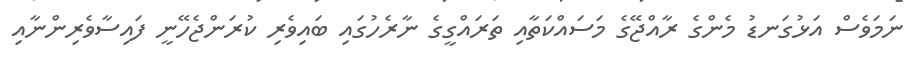
ނަމަވެސް އަޅުގަނޑު މެންގެ ރާއްޖޭގެ މަސައްކަތާއި ތަރައްގީގެ ނާރެހުގައި ބައިވެރި ކުރަންޖެހޭނީ ފައިސާވެރިންނާއި